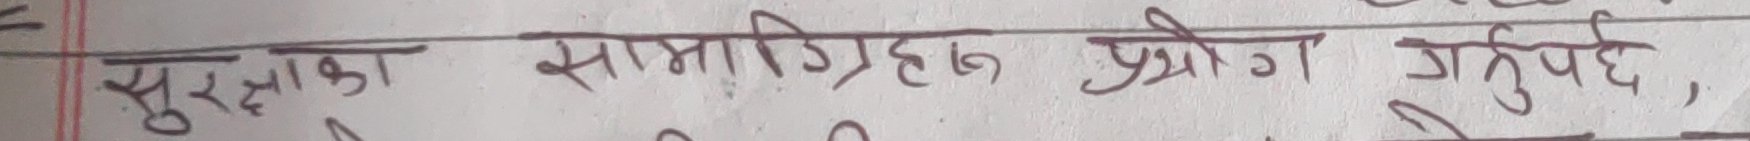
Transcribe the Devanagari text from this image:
सुरक्षाका सामाग्रीहरूको प्रयोग गर्नुपर्छ,